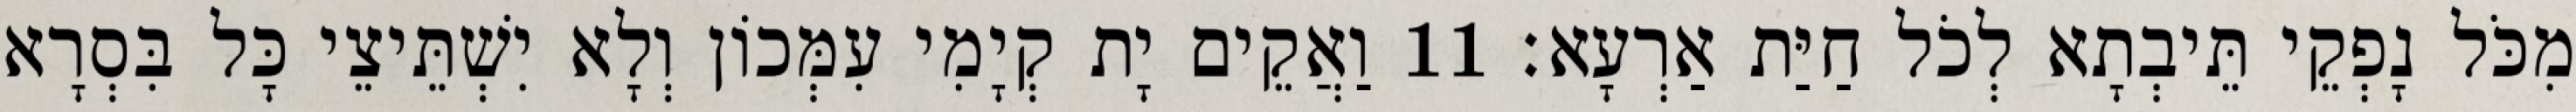
מִכֹּל נָפְקֵי תֵּיבְתָא לְכֹל חַיַּת אַרְעָא׃ 11 וַאֲקֵים יָת קְיָמִי עִמְּכוֹן וְלָא יִשְׁתֵּיצֵי כָּל בִּסְרָא